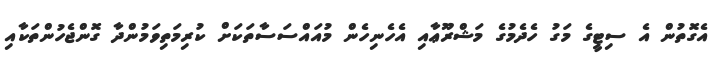
އެގޮތުން އެ ސިޓީގެ މަގު ހެދެމުގެ މަޝްރޫޢާއި އެހެނިހެން މުއައްސަސާތަކަށް ކުރިމަތިވަމުންދާ ގޮންޖެހުންތަކާއި